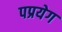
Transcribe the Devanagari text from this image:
पप्रयेग